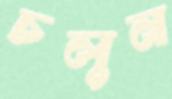
চলুন